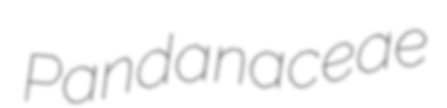
Pandanaceae